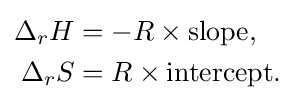
{\begin{aligned}\Delta _{r}H&=-R\times {\text{slope}},\\\Delta _{r}S&=R\times {\text{intercept}}.\end{aligned}}